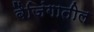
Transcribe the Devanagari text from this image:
बैजिंगातील